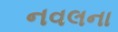
નવલના